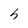
Character: h